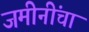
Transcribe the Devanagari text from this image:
जमीनींचा